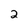
Character: 2